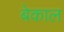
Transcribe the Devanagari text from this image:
बेकाल